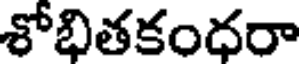
శోభితకంధరా